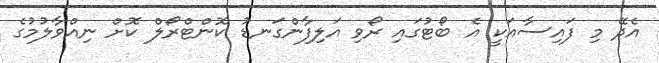
އެދޭ މި ފައިސާއަކީ އެ ބޯޓުގައި ރޯވި އަލިފާންގަނޑު ކޮންޓްރޯލް ކޮށް ނިއްވާލުމުގެ